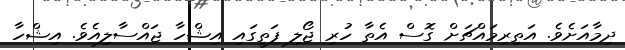
ދިމާއަށެވެ. އަތިރިމައްޗަށް ގޮސް އެތާ ހުރި ޖޯލި ފަތީގައި އިޝްހާ ޖައްސާލިއެވެ. އިޝްހާ